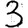
Digit: 3